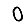
Digit: 0